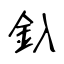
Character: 釞